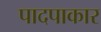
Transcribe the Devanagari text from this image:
पादपाकार